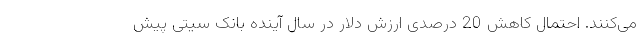
می‌کنند. احتمال کاهش 20 درصدی ارزش دلار در سال آینده بانک سیتی پیش